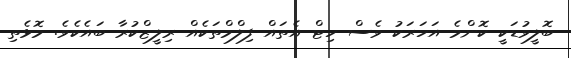
ބޮލީވުޑަކީ ކޮންމެ އަހަރަކު ވެސް ހިޓް އެތައް ފިލްމްތަކެއް ރިލީޒްކުރާ ބައެކެވެ. މޮޅެތި